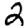
Digit: 2